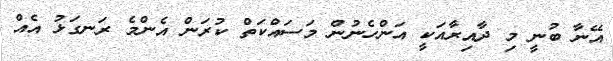
އޭނާ ބުނީ މި ދާއިރާއަކީ އަންހެނުން މަސައްކަތް ކުރަން އެންމެ ރަނގަޅު އެއް